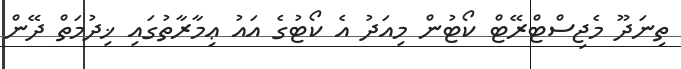
ތިނަދޫ މެޖިސްޓްރޭޓް ކޯޓުން މިއަދު އެ ކޯޓުގެ އައު ޢިމާރާތުގައި ޚިދުމަތް ދޭން